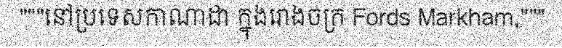
"""នៅប្រទេសកាណាដា ក្នុងរោងចក្រ Fords Markham,"""